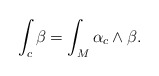
\begin{align*}\int_c \beta=\int_M \alpha_c \wedge \beta.\end{align*}